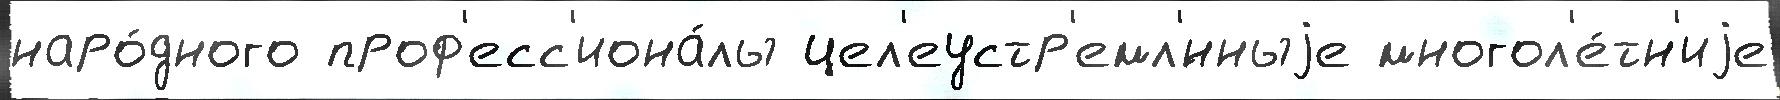
наро́дного проф'есс'иона́лы цел'еустр'емл'́нныjе многол'е́тн'иjе